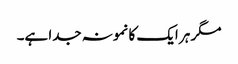
مگر ہر ایک کا نمونہ جدا ہے۔